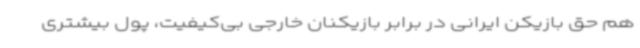
هم حق بازیکن ایرانی در برابر بازیکنان خارجی بی‌کیفیت، پول بیشتری